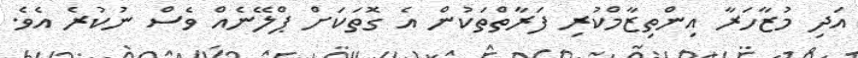
އަދި މުޒާހަރާ އިންތިޒާމްކުރި ފަރާތްތަކުން އެ ގޮތަކަށް ޕްލޭނެއް ވެސް ނުކުރެ އެވެ.